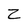
Character: Z